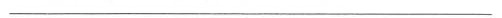
-